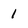
Character: 1